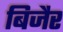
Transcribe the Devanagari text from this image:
बिजैर